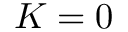
K = 0